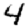
Digit: 4